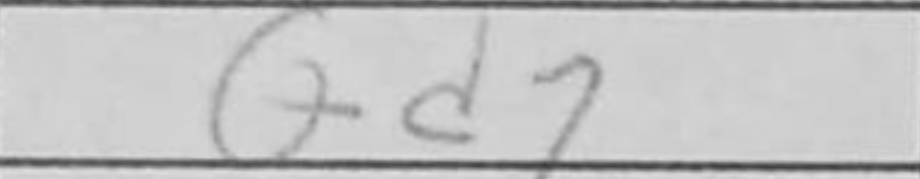
Transcription: Qd7